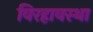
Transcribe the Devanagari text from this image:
विरहावस्था